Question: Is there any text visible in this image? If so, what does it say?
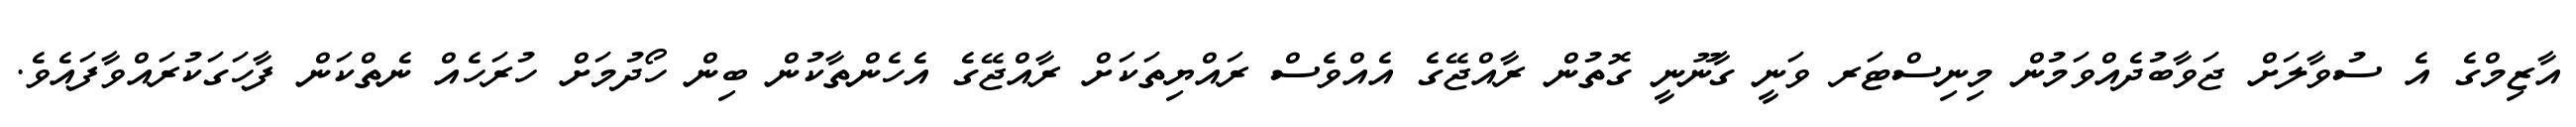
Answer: އާޒިމްގެ އެ ސުވާލަށް ޖަވާބުދެއްވަމުން މިނިސްޓަރ ވަނީ ގާނޫނީ ގޮތުން ރާއްޖޭގެ އެއްވެސް ރައްޔިތަކަށް ރާއްޖޭގެ އެހެންތާކުން ބިން ހޯދުމަށް ހުރަހެއް ނެތްކަން ފާހަގަކުރައްވާފައެވެ.